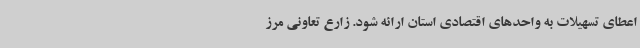
اعطای تسهیلات به واحدهای اقتصادی استان ارائه شود. زارع تعاونی مرز